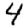
Digit: 4